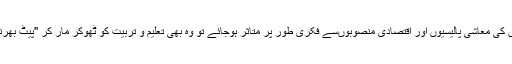
خدانخواستہ اگر بچہ ایسے لوگوں کی معاشی پالیسیوں اور اقتصادی منصوبوںسے فکری طور پر متاثر ہوجائے تو وہ بھی تعلیم و تربیّت کو ٹھوکر مار کر ''پیٹ بھرنے''کو زندگی کا مقصدبنالے گا۔